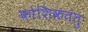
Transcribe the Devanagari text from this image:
कोशिकतंतु